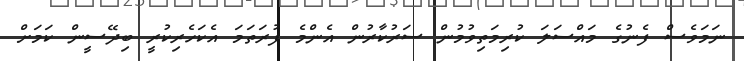
ނަމަވެސް ފެނުގެ މައްސަލަ ކުރިމަތިވުމުން ސަރުކާރުން އެންމެ ފުރަތަމަ އެކަހެރިކުރީ ބިދޭސީން ކަމަށް